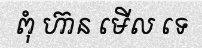
ពុំ ហ៊ាន មើល ទេ